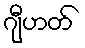
ဂျီဟတ်